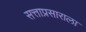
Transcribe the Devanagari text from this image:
सत्ताप्रसाराला